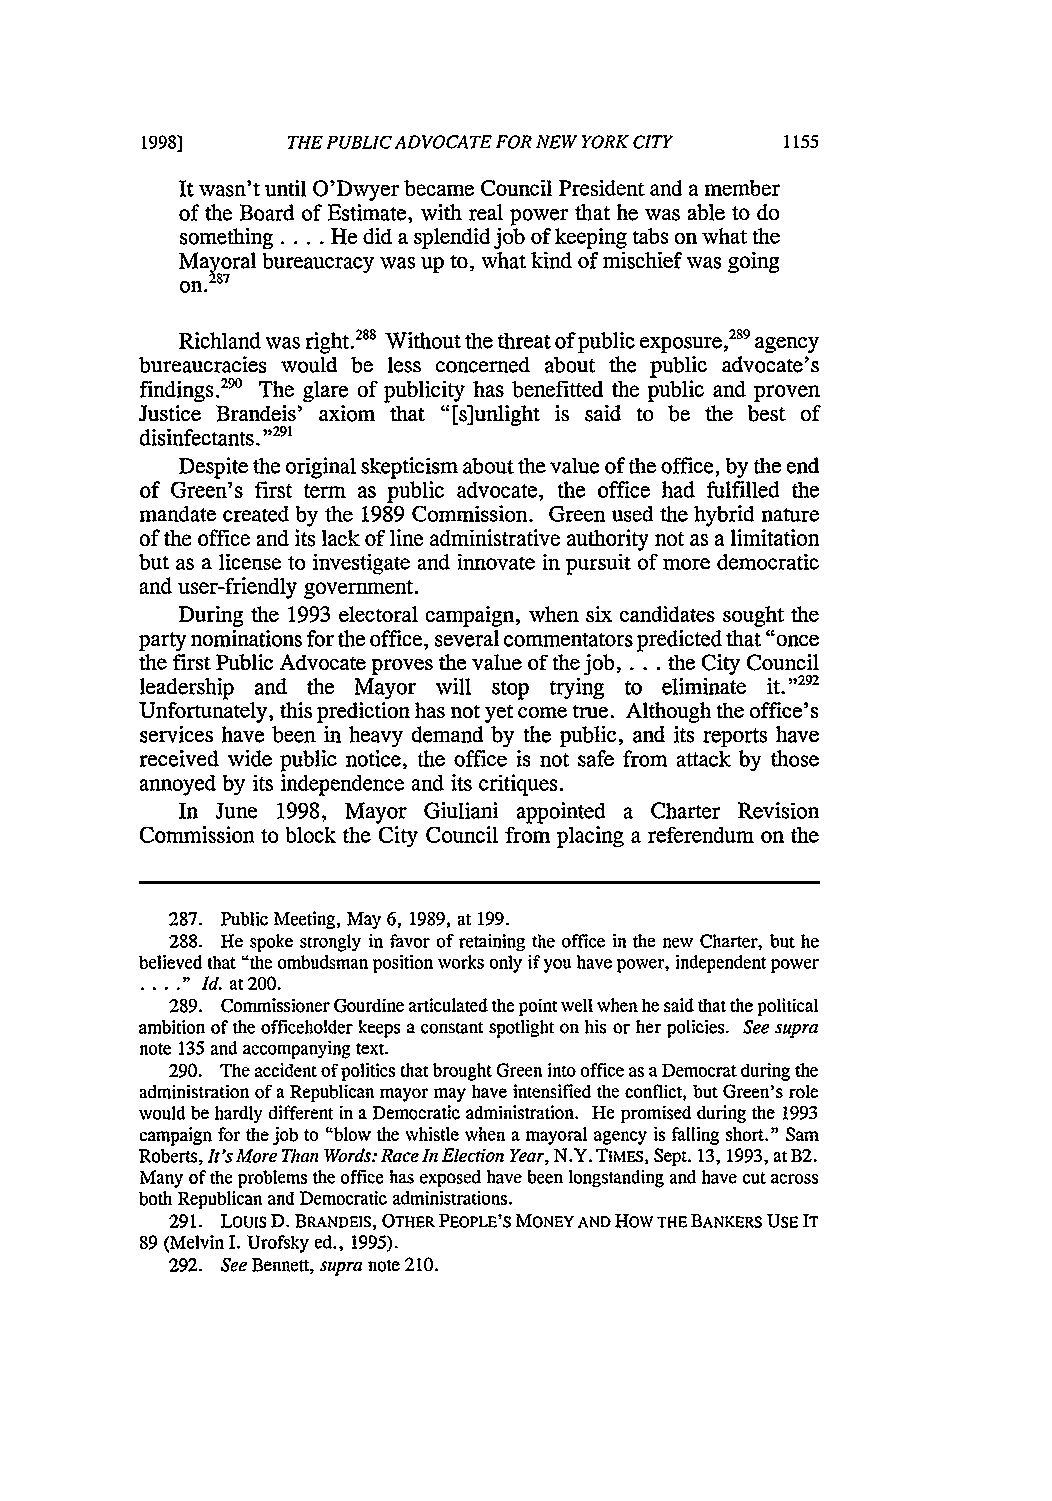
19981     THE PUBLIC ADVOCATE FOR NEW YORK CITY
 It wasn't until O'Dwyer became Council President and a member
 of the Board of Estimate, with real power that he was able to do
 something .... He did a splendid job of keeping tabs on what the
 Mayoral bureaucracy was up to, what kind of mischief was going
 287
 on.
 Richland was right.288 Without the threat of public exposure,289 agency
 bureaucracies would be less concerned about the public advocate's
 findings.2' The glare of publicity has benefitted the public and proven
 Justice Brandeis' axiom that "[s]unlight is said to be the best of
 29
 disinfectants. , 1
 Despite the original skepticism about the value of the office, by the end
 of Green's first term as public advocate, the office had fulfilled the
 mandate created by the 1989 Commission. Green used the hybrid nature
 of the office and its lack of line administrative authority not as a limitation
 but as a license to investigate and innovate in pursuit of more democratic
 and user-friendly government.
 During the 1993 electoral campaign, when six candidates sought the
 party nominations for the office, several commentators predicted that "once
 the first Public Advocate proves the value of the job .... the City Council
 leadership and the Mayor will stop trying to eliminate it."2 2
 Unfortunately, this prediction has not yet come true. Although the office's
 services have been in heavy demand by the public, and its reports have
 received wide public notice, the office is not safe from attack by those
 annoyed by its independence and its critiques.
 In June 1998, Mayor Giuliani appointed a Charter Revision
 Commission to block the City Council from placing a referendum on the
 287. Public Meeting, May 6, 1989, at 199.
 288. He spoke strongly in favor of retaining the office in the new Charter, but he
 believed that "the ombudsman position works only if you have power, independent power
 ." Id. at 200.
 289. Commissioner Gourdine articulated the point well when he said that the political
 ambition of the officeholder keeps a constant spotlight on his or her policies. See supra
 note 135 and accompanying text.
 290. The accident of politics that brought Green into office as a Democrat during the
 administration of a Republican mayor may have intensified the conflict, but Green's role
 would be hardly different in a Democratic administration. He promised during the 1993
 campaign for the job to "blow the whistle when a mayoral agency is falling short." Sam
 Roberts, It's More Dian Words: Race In Election Year, N.Y. TIMES, Sept. 13, 1993, at B2.
 Many of the problems the office has exposed have been longstanding and have cut across
 both Republican and Democratic administrations.
 291. Louis D. BRANDEIS, OTHER PEOPLE'S MONEY AND HOW THE BANKERS USE IT
 89 (Melvin I. Urofsky ed., 1995).
 292. See Bennett, supra note 210.